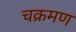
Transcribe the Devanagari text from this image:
चक्रमण